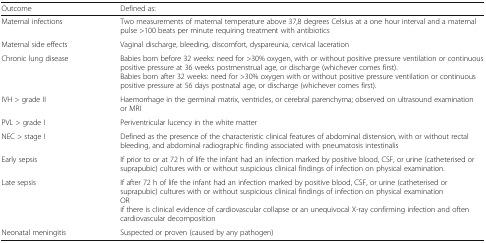
| Outcome | Defined as: |
 | --- | --- |
 | Maternal infections | Two measurements of maternal temperature above 37,8 degrees Celsius at a one hour interval and a maternal pulse >100 beats per minute requiring treatment with antibiotics |
 | Maternal side effects | Vaginal discharge, bleeding, discomfort, dyspareunia, cervical laceration |
 | Chronic lung disease | Babies born before 32 weeks: need for >30% oxygen, with or without positive pressure ventilation or continuous positive pressure at 36 weeks postmenstrual age, or discharge (whichever comes first).Babies born after 32 weeks: need for >30% oxygen with or without positive pressure ventilation or continuous positive pressure at 56 days postnatal age, or discharge (whichever comes first). |
 | IVH > grade II | Haemorrhage in the germinal matrix, ventricles, or cerebral parenchyma; observed on ultrasound examination or MRI |
 | PVL > grade I | Periventricular lucency in the white matter |
 | NEC > stage I | Defined as the presence of the characteristic clinical features of abdominal distension, with or without rectal bleeding, and abdominal radiographic finding associated with pneumatosis intestinalis |
 | Early sepsis | If prior to or at 72 h of life the infant had an infection marked by positive blood, CSF, or urine (catheterised or suprapubic) cultures with or without suspicious clinical findings of infection on physical examination. |
 | Late sepsis | If after 72 h of life the infant had an infection marked by positive blood, CSF, or urine (catheterised or suprapubic) cultures with or without suspicious clinical findings of infection on physical examinationORif there is clinical evidence of cardiovascular collapse or an unequivocal X-ray confirming infection and often cardiovascular decomposition |
 | Neonatal meningitis | Suspected or proven (caused by any pathogen) |